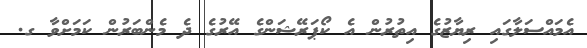
އެމައްސަލާގައި ރިޔާޒުގެ އިތުރުން އެ ކޯޕަރޭޝަންގެ އޭރުގެ ދެ މެންބަރުން ކަމަށްވާ ގ.